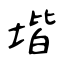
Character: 堦